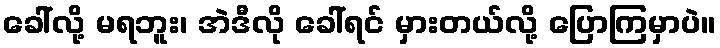
ခေါ်လို့ မရဘူး၊ အဲဒီလို ခေါ်ရင် မှားတယ်လို့ ပြောကြမှာပဲ။